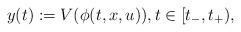
LaTeX: \begin{align*}y(t):=V(\phi(t,x,u)),t\in[t_-,t_+),\end{align*}